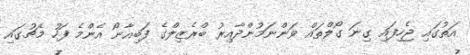
އަތުގައި ޖެހިފައި ގިނަ ގޯލްތައް ވަންނަމުންދާއިރު ބްރެޒިލްގެ ފަބިއާނޯ އެންމެ ފަހު މެޗުގައި